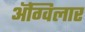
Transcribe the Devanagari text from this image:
अॅग्विलार